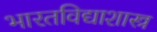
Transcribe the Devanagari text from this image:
भारतविद्याशास्त्र